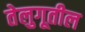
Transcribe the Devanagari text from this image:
तेलुगूतील